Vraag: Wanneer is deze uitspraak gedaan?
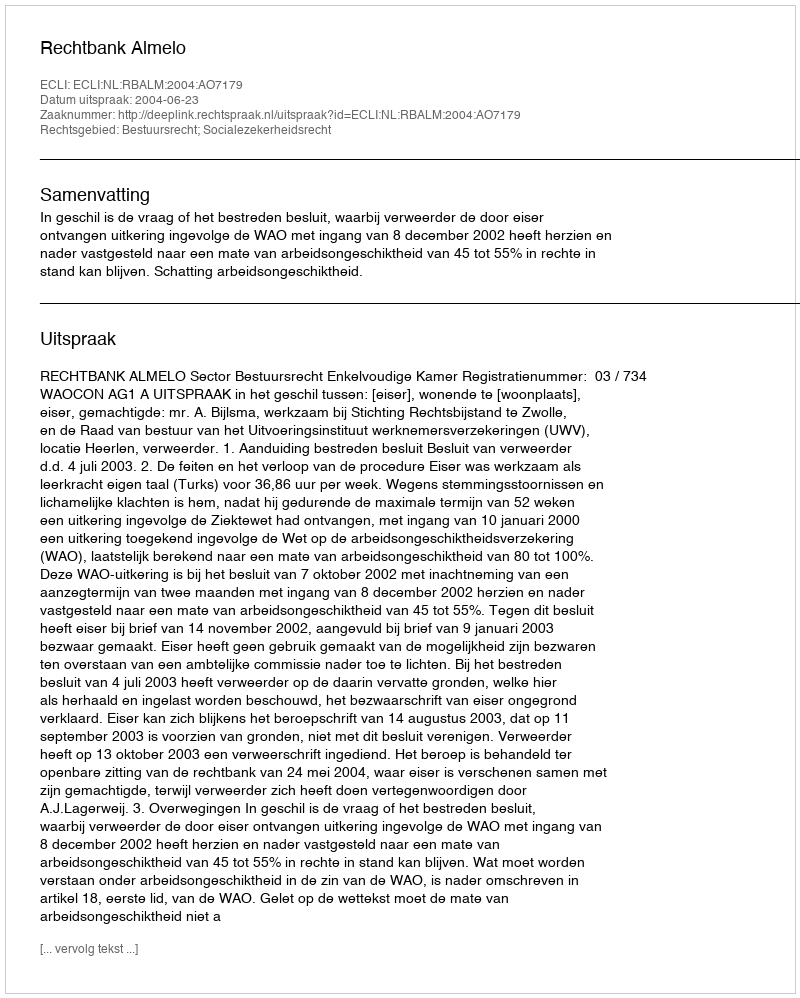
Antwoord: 2004-06-23